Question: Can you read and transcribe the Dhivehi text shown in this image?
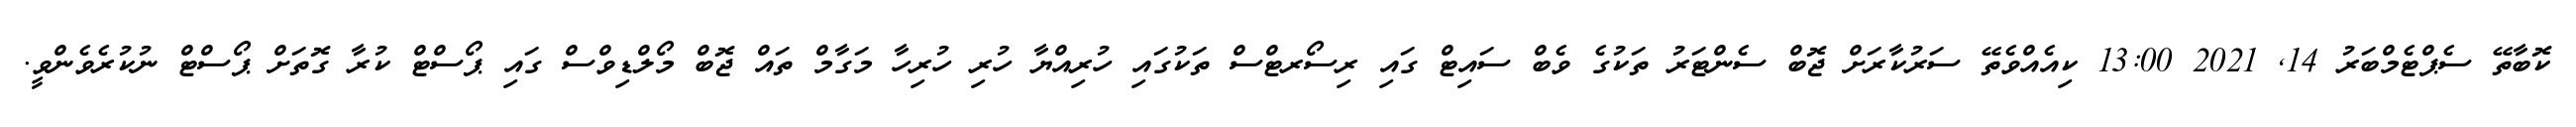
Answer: ކޮބާތޭ ސެޕްޓެމްބަރު 14, 2021 13:00 ކިއެއްވެތޭ ސަރުކާރަށް ޖޮބް ސެންޓަރު ތަކުގެ ވެބް ސައިޓް ގައި ރިސޯރޓްސް ތަކުގައި ހުރިއްޔާ ހުރި ހުރިހާ މަގާމް ތައް ޖޮބް މޯލްޑިވްސް ގައި ޕޯސްޓް ކުރާ ގޮތަށް ޕޯސްޓް ނުކުރެވެންވީ.